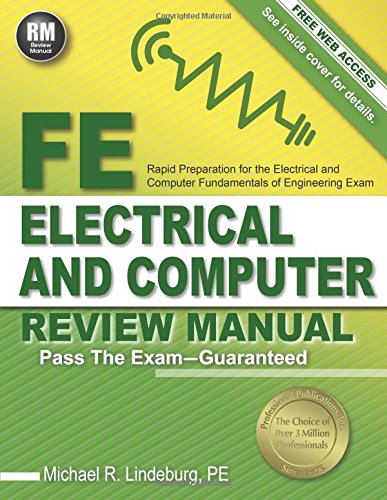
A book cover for FE Electrical and Computer Review Manual; Michael R. Lindeburg PE; Test Preparation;